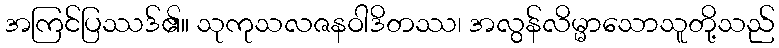
အကြင်ပြဿဒ်၏။ သုကုသလဇနဝါဒိတဿ၊ အလွန်လိမ္မာသောသူတို့သည်